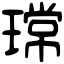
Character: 瑺